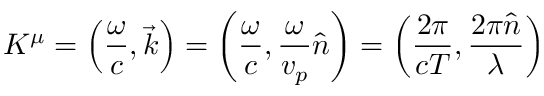
K ^ { \mu } = \left( { \frac { \omega } { c } } , { \vec { k } } \right) = \left( { \frac { \omega } { c } } , { \frac { \omega } { v _ { p } } } { \hat { n } } \right) = \left( { \frac { 2 \pi } { c T } } , { \frac { 2 \pi { \hat { n } } } { \lambda } } \right)